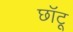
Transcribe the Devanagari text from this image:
छॉटू